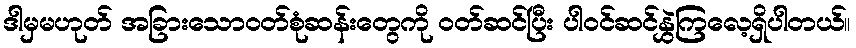
ဒါမှမဟုတ် အခြားသောဝတ်စုံဆန်းတွေကို ဝတ်ဆင်ပြီး ပါဝင်ဆင်နွှဲကြလေ့ရှိပါတယ်။